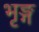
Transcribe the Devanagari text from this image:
भृङ्ग